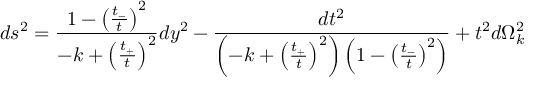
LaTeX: d s ^ { 2 } = \frac { 1 - \left( \frac { t _ { - } } { t } \right) ^ { 2 } } { - k + \left( \frac { t _ { + } } { t } \right) ^ { 2 } } d y ^ { 2 } - \frac { d t ^ { 2 } } { \left( - k + \left( \frac { t _ { + } } { t } \right) ^ { 2 } \right) \left( 1 - \left( \frac { t _ { - } } { t } \right) ^ { 2 } \right) } + t ^ { 2 } d \Omega _ { k } ^ { 2 }